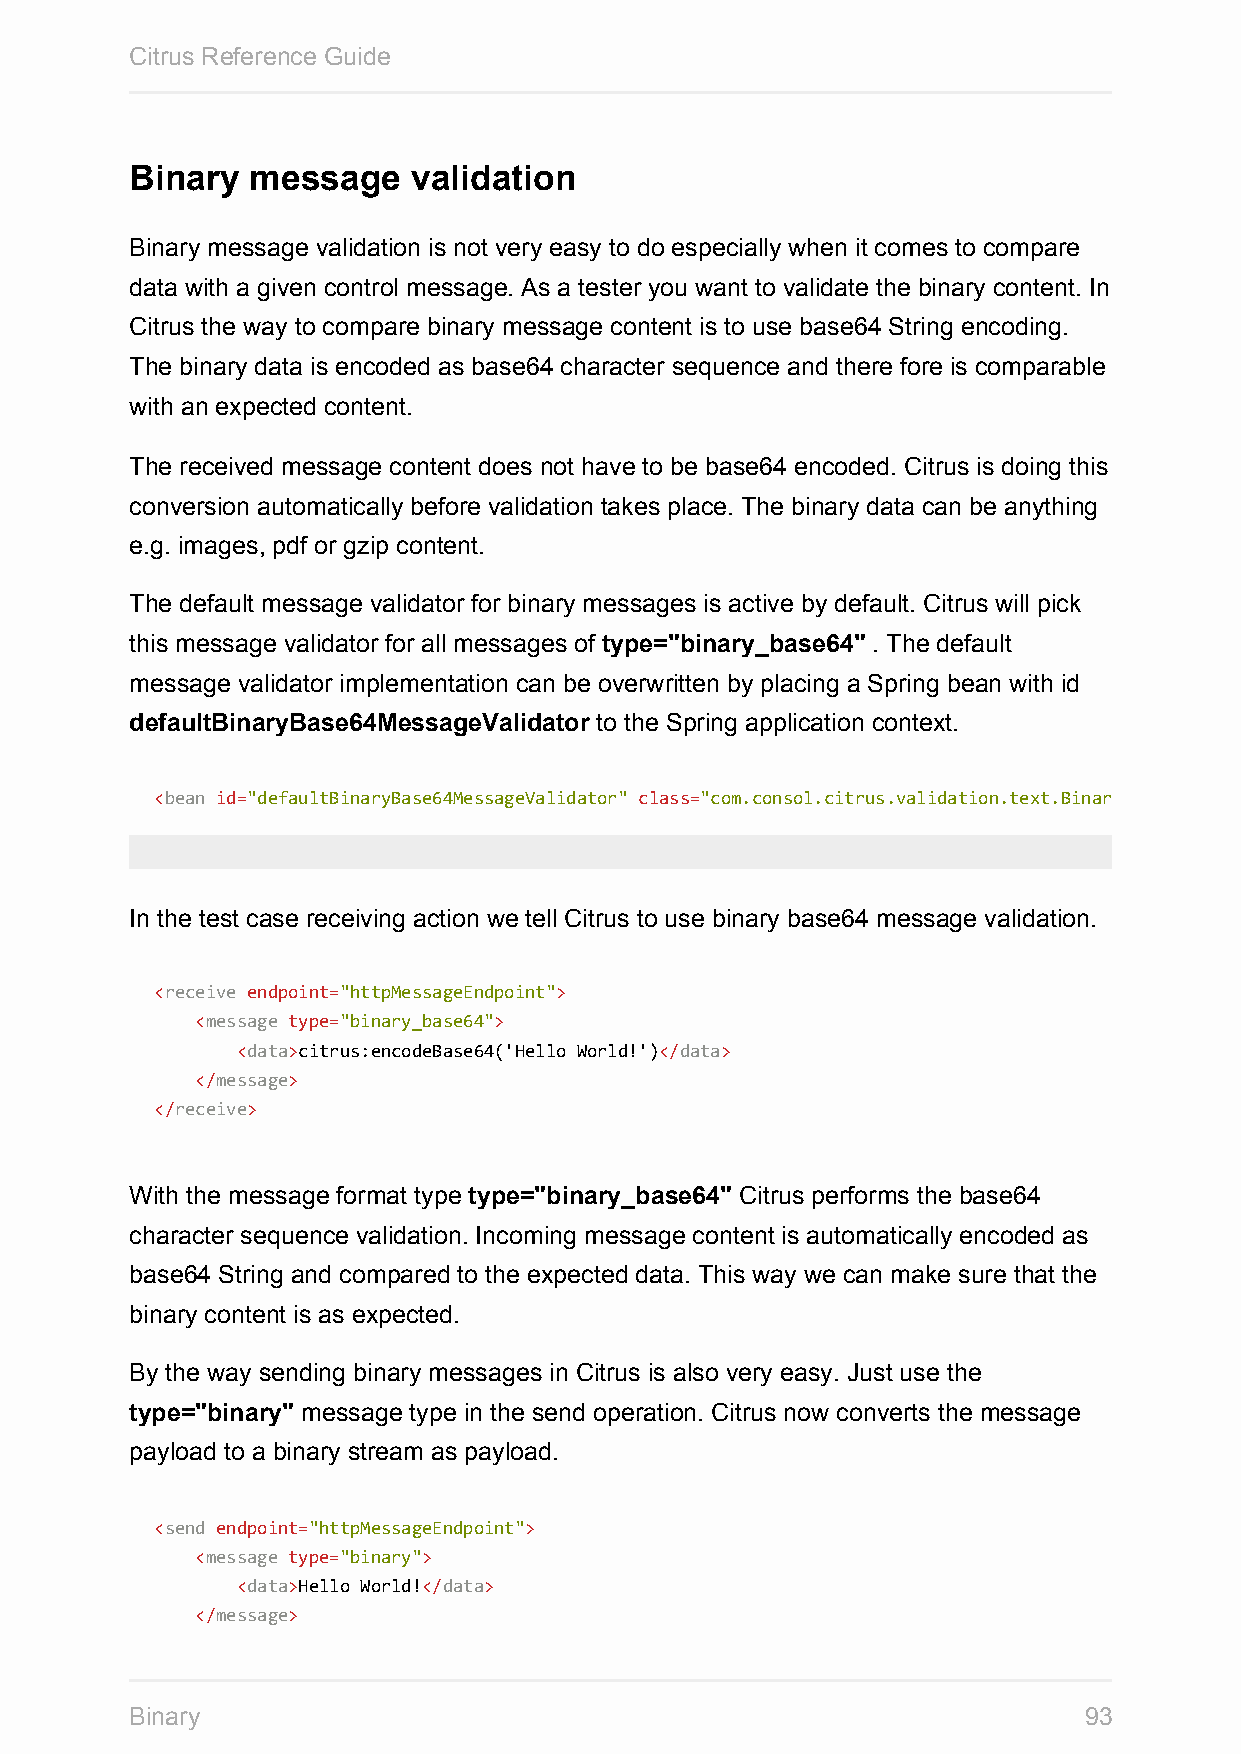
Citrus Reference Guide
 Binary  message   validation
 Binary message validation is not very easy to do especially when it comes to compare
 data with a given control message. As a tester you want to validate the binary content. In
 Citrus the way to compare binary message content is to use base64 String encoding.
 The binary data is encoded as base64 character sequence and there fore is comparable
 with an expected content.
 The received message content does not have to be base64 encoded. Citrus is doing this
 conversion automatically before validation takes place. The binary data can be anything
 e.g. images, pdf or gzip content.
 The default message validator for binary messages is active by default. Citrus will pick
 this message validator for all messages of type="binary_base64" . The default
 message validator implementation can be overwritten by placing a Spring bean with id
 defaultBinaryBase64MessageValidator to the Spring application context.
 <bean id="defaultBinaryBase64MessageValidator" class="com.consol.citrus.validation.text.BinaryBase64MessageValidator"
 In the test case receiving action we tell Citrus to use binary base64 message validation.
 <receive endpoint="httpMessageEndpoint">
 <message type="binary_base64">
 <data>citrus:encodeBase64('Hello World!')</data>
 </message>
 </receive>
 With the message format type type="binary_base64" Citrus performs the base64
 character sequence validation. Incoming message content is automatically encoded as
 base64 String and compared to the expected data. This way we can make sure that the
 binary content is as expected.
 By the way sending binary messages in Citrus is also very easy. Just use the
 type="binary" message type in the send operation. Citrus now converts the message
 payload to a binary stream as payload.
 <send endpoint="httpMessageEndpoint">
 <message type="binary">
 <data>Hello World!</data>
 </message>
 Binary                                                         93